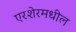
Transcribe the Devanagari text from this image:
एरशेरमधील